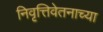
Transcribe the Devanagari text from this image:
निवृत्तिवेतनाच्या